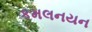
કમલનયન